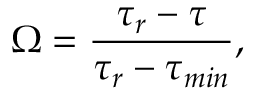
\Omega = \frac { \tau _ { r } - \tau } { \tau _ { r } - \tau _ { m i n } } ,